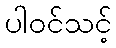
ပါဝင်သင့်